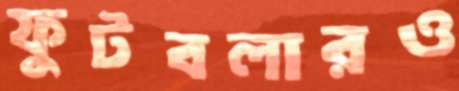
ফুটবলারও